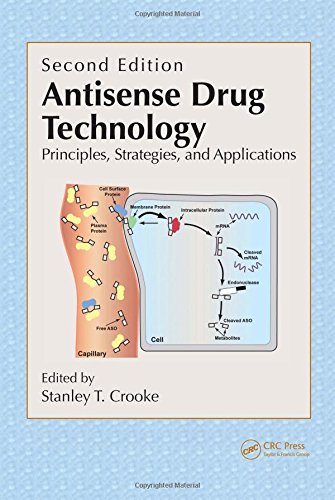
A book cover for Antisense Drug Technology: Principles, Strategies, and Applications, Second Edition; Medical Books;